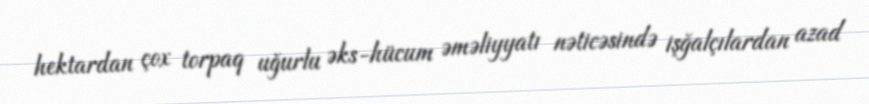
hektardan çox torpaq uğurlu əks-hücum əməliyyatı nəticəsində işğalçılardan azad